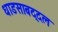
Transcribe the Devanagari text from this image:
धाडसाबद्दल